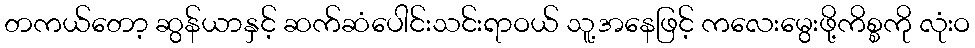
တကယ်တော့ ဆွန်ယာနှင့် ဆက်ဆံပေါင်းသင်းရာဝယ် သူ့အနေဖြင့် ကလေးမွေးဖို့ကိစ္စကို လုံးဝ